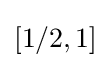
\left[1/2,1\right]